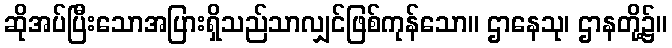
ဆိုအပ်ပြီးသောအပြားရှိသည်သာလျှင်ဖြစ်ကုန်သော။ ဌာနေသု၊ ဌာနတို့၌။